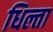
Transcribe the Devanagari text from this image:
धिल्ता